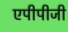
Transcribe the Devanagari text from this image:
एपीपीजी